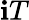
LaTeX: \mathbf{i}T